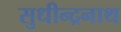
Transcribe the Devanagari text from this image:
सुधीन्द्रनाथ